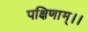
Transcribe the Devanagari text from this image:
पक्षिणाम्।।